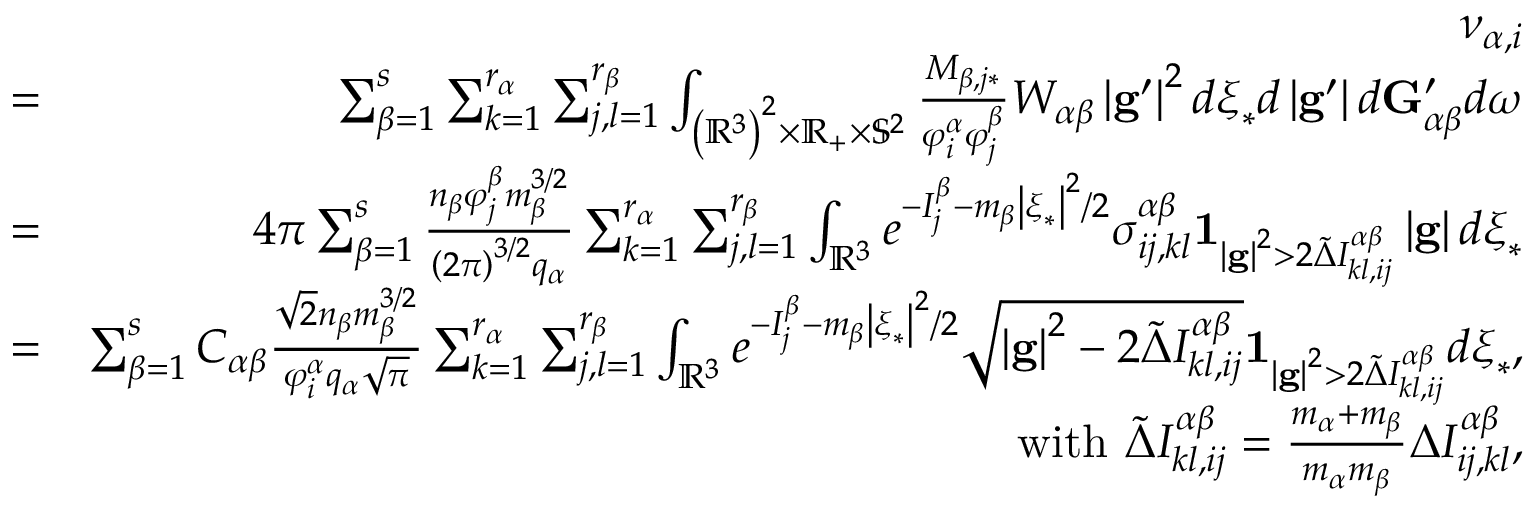
\begin{array} { r l r } & { } & { \nu _ { \alpha , i } } \\ & { = } & { \sum _ { \beta = 1 } ^ { s } \sum _ { k = 1 } ^ { r _ { \alpha } } \sum _ { j , l = 1 } ^ { r _ { \beta } } \int _ { \left( \mathbb { R } ^ { 3 } \right) ^ { 2 } \times \mathbb { R } _ { + } \times \mathbb { S } ^ { 2 } } \frac { M _ { \beta , j \ast } } { \varphi _ { i } ^ { \alpha } \varphi _ { j } ^ { \beta } } W _ { \alpha \beta } \left\vert \mathbf { g } ^ { \prime } \right\vert ^ { 2 } d \boldsymbol { \xi } _ { \ast } d \left\vert \mathbf { g } ^ { \prime } \right\vert d \mathbf { G } _ { \alpha \beta } ^ { \prime } d \boldsymbol { \omega } } \\ & { = } & { 4 \pi \sum _ { \beta = 1 } ^ { s } \frac { n _ { \beta } \varphi _ { j } ^ { \beta } m _ { \beta } ^ { 3 / 2 } } { \left( 2 \pi \right) ^ { 3 / 2 } q _ { \alpha } } \sum _ { k = 1 } ^ { r _ { \alpha } } \sum _ { j , l = 1 } ^ { r _ { \beta } } \int _ { \mathbb { R } ^ { 3 } } e ^ { - I _ { j } ^ { \beta } - m _ { \beta } \left\vert \boldsymbol { \xi } _ { \ast } \right\vert ^ { 2 } / 2 } \sigma _ { i j , k l } ^ { \alpha \beta } \mathbf { 1 } _ { \left\vert \mathbf { g } \right\vert ^ { 2 } > 2 \widetilde { \Delta } I _ { k l , i j } ^ { \alpha \beta } } \left\vert \mathbf { g } \right\vert d \boldsymbol { \xi } _ { \ast } } \\ & { = } & { \sum _ { \beta = 1 } ^ { s } C _ { \alpha \beta } \frac { \sqrt { 2 } n _ { \beta } m _ { \beta } ^ { 3 / 2 } } { \varphi _ { i } ^ { \alpha } q _ { \alpha } \sqrt { \pi } } \sum _ { k = 1 } ^ { r _ { \alpha } } \sum _ { j , l = 1 } ^ { r _ { \beta } } \int _ { \mathbb { R } ^ { 3 } } e ^ { - I _ { j } ^ { \beta } - m _ { \beta } \left\vert \boldsymbol { \xi } _ { \ast } \right\vert ^ { 2 } / 2 } \sqrt { \left\vert \mathbf { g } \right\vert ^ { 2 } - 2 \widetilde { \Delta } I _ { k l , i j } ^ { \alpha \beta } } \mathbf { 1 } _ { \left\vert \mathbf { g } \right\vert ^ { 2 } > 2 \widetilde { \Delta } I _ { k l , i j } ^ { \alpha \beta } } d \boldsymbol { \xi } _ { \ast } \mathrm { , } } \\ & { } & { \mathrm { w i t h ~ } \widetilde { \Delta } I _ { k l , i j } ^ { \alpha \beta } = \frac { m _ { \alpha } + m _ { \beta } } { m _ { \alpha } m _ { \beta } } \Delta I _ { i j , k l } ^ { \alpha \beta } \mathrm { , } } \end{array}